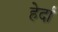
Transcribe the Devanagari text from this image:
हेर्दा